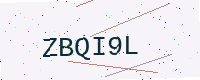
Text: ZBQI9L